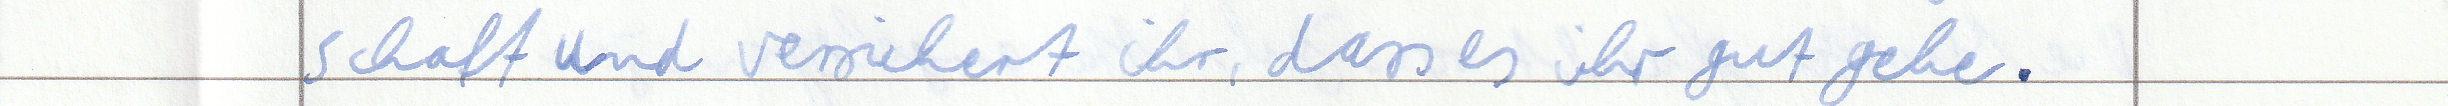
schaft und versichert ihr, dass es ihr gut gehe.